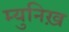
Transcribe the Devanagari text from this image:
म्युनिख़